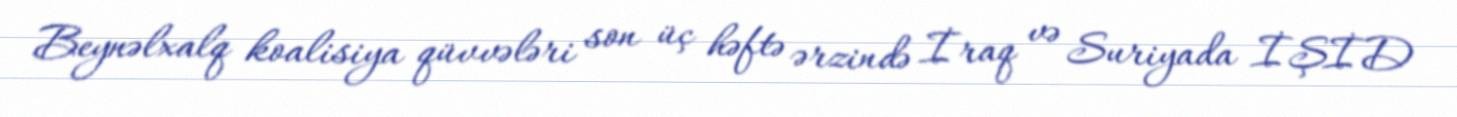
Beynəlxalq koalisiya qüvvələri son üç həftə ərzində İraq və Suriyada İŞİD